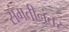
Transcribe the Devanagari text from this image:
संमतीनंतर